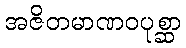
အဇိတမာဏဝပုစ္ဆာ